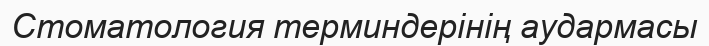
Стоматология терминдерінің аудармасы